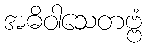
အဓိဝါသေတဗ္ဗံ